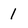
Character: 1